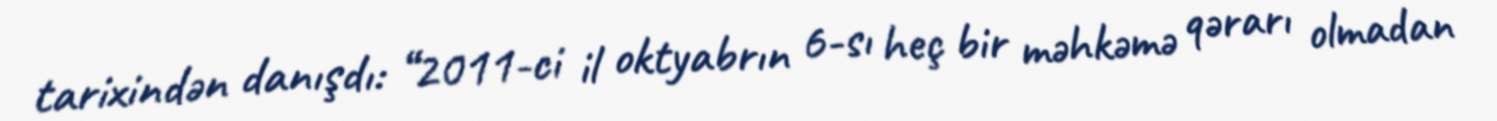
tarixindən danışdı: “2011-ci il oktyabrın 6-sı heç bir məhkəmə qərarı olmadan